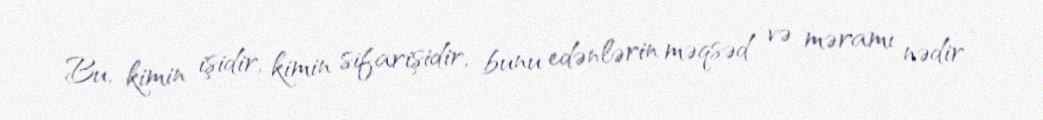
Bu, kimin işidir, kimin sifarişidir, bunu edənlərin məqsəd və məramı nədir –